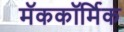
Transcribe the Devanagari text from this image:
मॅककॉर्मिक